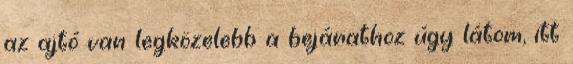
az ajtó van legközelebb a bejárathoz úgy látom, itt